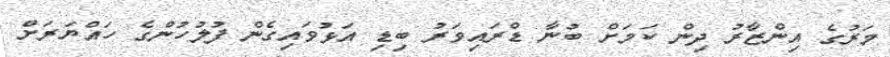
މަރުގެ އިންޒާރު ދިން ކަމަށް ބުނާ ޑްރައިވަރު ބިޑި އަޅުވައިގެން ފުލުހުންގެ ހައްޔަރަށް